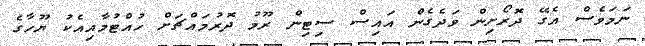
ނަމަވެސް އެގޭ ދޮރޯށިން ވަދެގެން އައިސް ސިޓިން ރޫމު ދޮރުމައްޗަށް ހުއްޓުމާއިއެކު ޔޫހާގެ